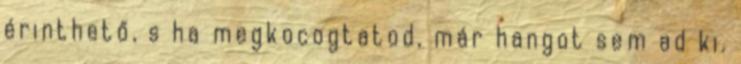
érinthető, s ha megkocogtatod, már hangot sem ad ki.